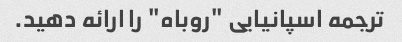
ترجمه اسپانیایی "روباه" را ارائه دهید.